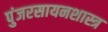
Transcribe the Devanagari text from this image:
पुंजरसायनशास्त्र